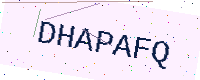
Text: DHAPAFQ